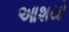
આશયો